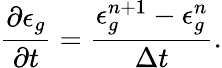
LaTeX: \frac{\partial\epsilon_{g}}{\partial t}=\frac{\epsilon_{g}^{n+1}-\epsilon_{g}^{n}}{\Delta t}.